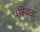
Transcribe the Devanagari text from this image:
परिवकं